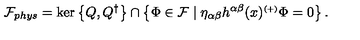
{ \mathcal { F } } _ { p h y s } = \ker \left\{ Q , Q ^ { \dagger } \right\} \cap \left\{ \Phi \in { \mathcal { F } } \mid \eta _ { \alpha \beta } h ^ { \alpha \beta } ( x ) ^ { \scriptscriptstyle ( + ) } \Phi = 0 \right\} .